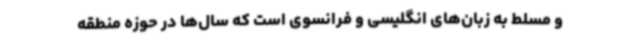
و مسلط به زبان‌های انگلیسی و فرانسوی است که سال‌ها در حوزه منطقه